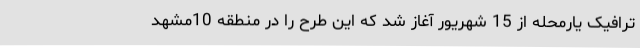
ترافیک یارمحله از 15 شهریور آغاز شد که این طرح را در منطقه 10مشهد